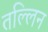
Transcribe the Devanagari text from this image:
तल्लिन